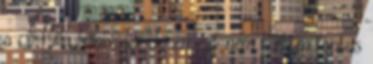
a Milla felhívása, de én ezt nem tartom fontos